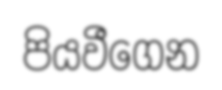
පියවීගෙන